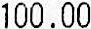
100.00